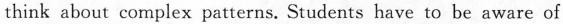
think about complex patterns. Students have to be aware of